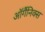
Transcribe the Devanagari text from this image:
ऑर्गैनिक्स